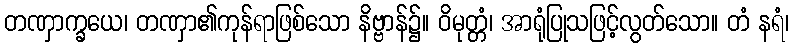
တဏှာက္ခယေ၊ တဏှာ၏ကုန်ရာဖြစ်သော နိဗ္ဗာန်၌။ ဝိမုတ္တံ၊ အာရုံပြုသဖြင့်လွတ်သော။ တံ နရံ၊